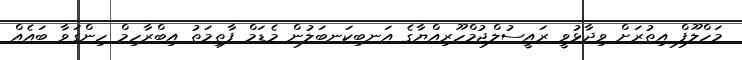
މަހްލޫފް އިތުރަށް ވިދާޅުވީ ރައީސުލްޖުމްހޫރިއްޔާގެ އަނބިކަނބަލުން މެޑަމް ފާތިމަތު އިބްރާހިމް ހިންގަވާ ބައެއް